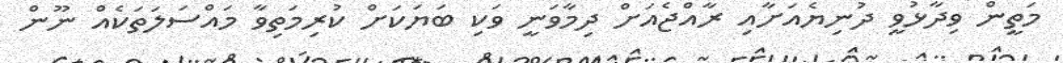
މަތީން ވިދާޅުވީ ދުނިޔެއަށާއި ރާއްޖެއަށް ދިމާާވަނީ ވަކި ބަޔަކަށް ކުރިމަތިވާ މައްސަަލަތަކެއް ނޫން